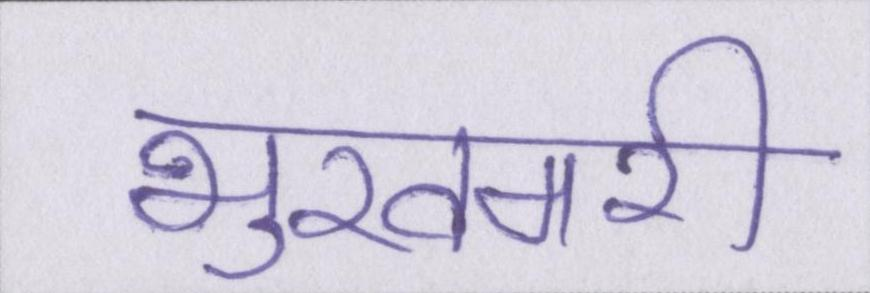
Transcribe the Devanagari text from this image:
भुखमरी